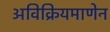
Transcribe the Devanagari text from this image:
अविक्रियमाणेन